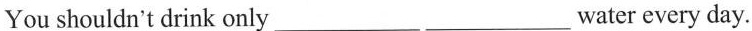
You shouldn't drink only___ ___water every day.